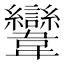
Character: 𩏹